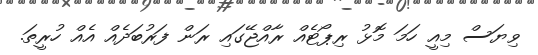
ވިޔަސް މިއީ ހަމަ މޮޅު ރިޕޯޓެއް ރާއްޖޭގައި ރަން ފަރުބަދެއް އެއް ހުރީތަ.